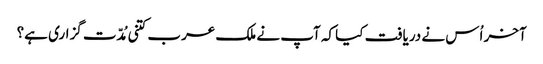
آخر اُس نے دریافت کیا کہ آپ نے ملک عرب کتنی مُدّت گزاری ہے؟